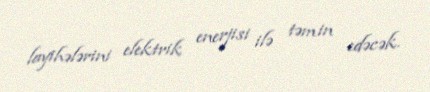
layihələrini elektrik enerjisi ilə təmin edəcək.